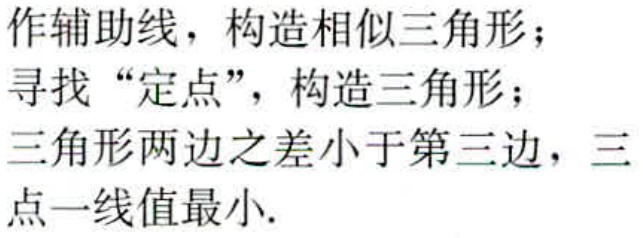
作辅助线，构造相似三角形；

寻找 “定点”，构造三角形；

三角形两边之差小于第三边，三

点一线值最小.